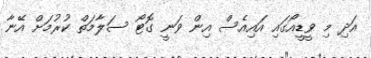
އަދި މި ވީޑީއޯގައި އައިއެސް އިން ވަނީ ގޮޓޯ ސަލާމަތް ކުރުމަށް އޭނާ